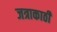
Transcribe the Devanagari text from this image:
जत्राकाठी